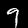
Label: 9